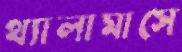
থ্যালামাসে